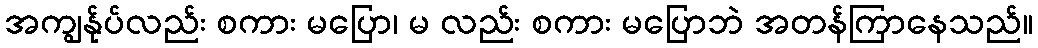
အကျွန်ုပ်လည်း စကား မပြော၊ မ လည်း စကား မပြောဘဲ အတန်ကြာနေသည်။